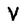
Character: V